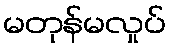
မတုန်မလှုပ်